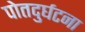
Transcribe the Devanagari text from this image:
पोतदुर्घटना